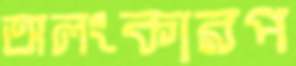
অলংকারপ